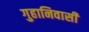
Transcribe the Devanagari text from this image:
गुहानिवासी